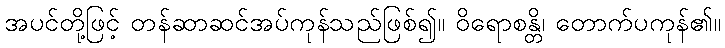
အပင်တို့ဖြင့် တန်ဆာဆင်အပ်ကုန်သည်ဖြစ်၍။ ဝိရောစန္တိ၊ တောက်ပကုန်၏။